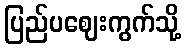
ပြည်ပဈေးကွက်သို့